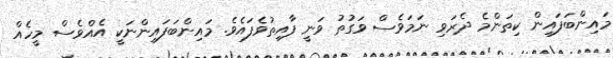
މައިންބަފައިން ކިތަންމެ ދެރަވި ނަމަވެސް ވަގުތު ވަނީ ފާއިތުވެފައެވެ. މައިންބަފައިންނަކީ އެއްވެސް މީހެއް